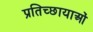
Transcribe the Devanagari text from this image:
प्रतिच्छायाओं